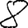
Digit: 8